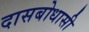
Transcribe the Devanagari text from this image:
दासबोधासी